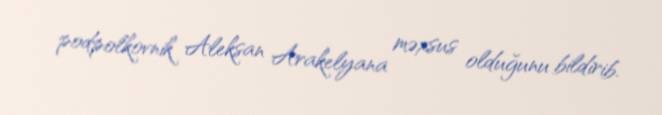
podpolkovnik Aleksan Arakelyana məxsus olduğunu bildirib.